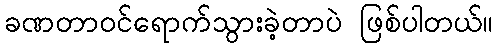
ခဏတာဝင်ရောက်သွားခဲ့တာပဲ ဖြစ်ပါတယ်။